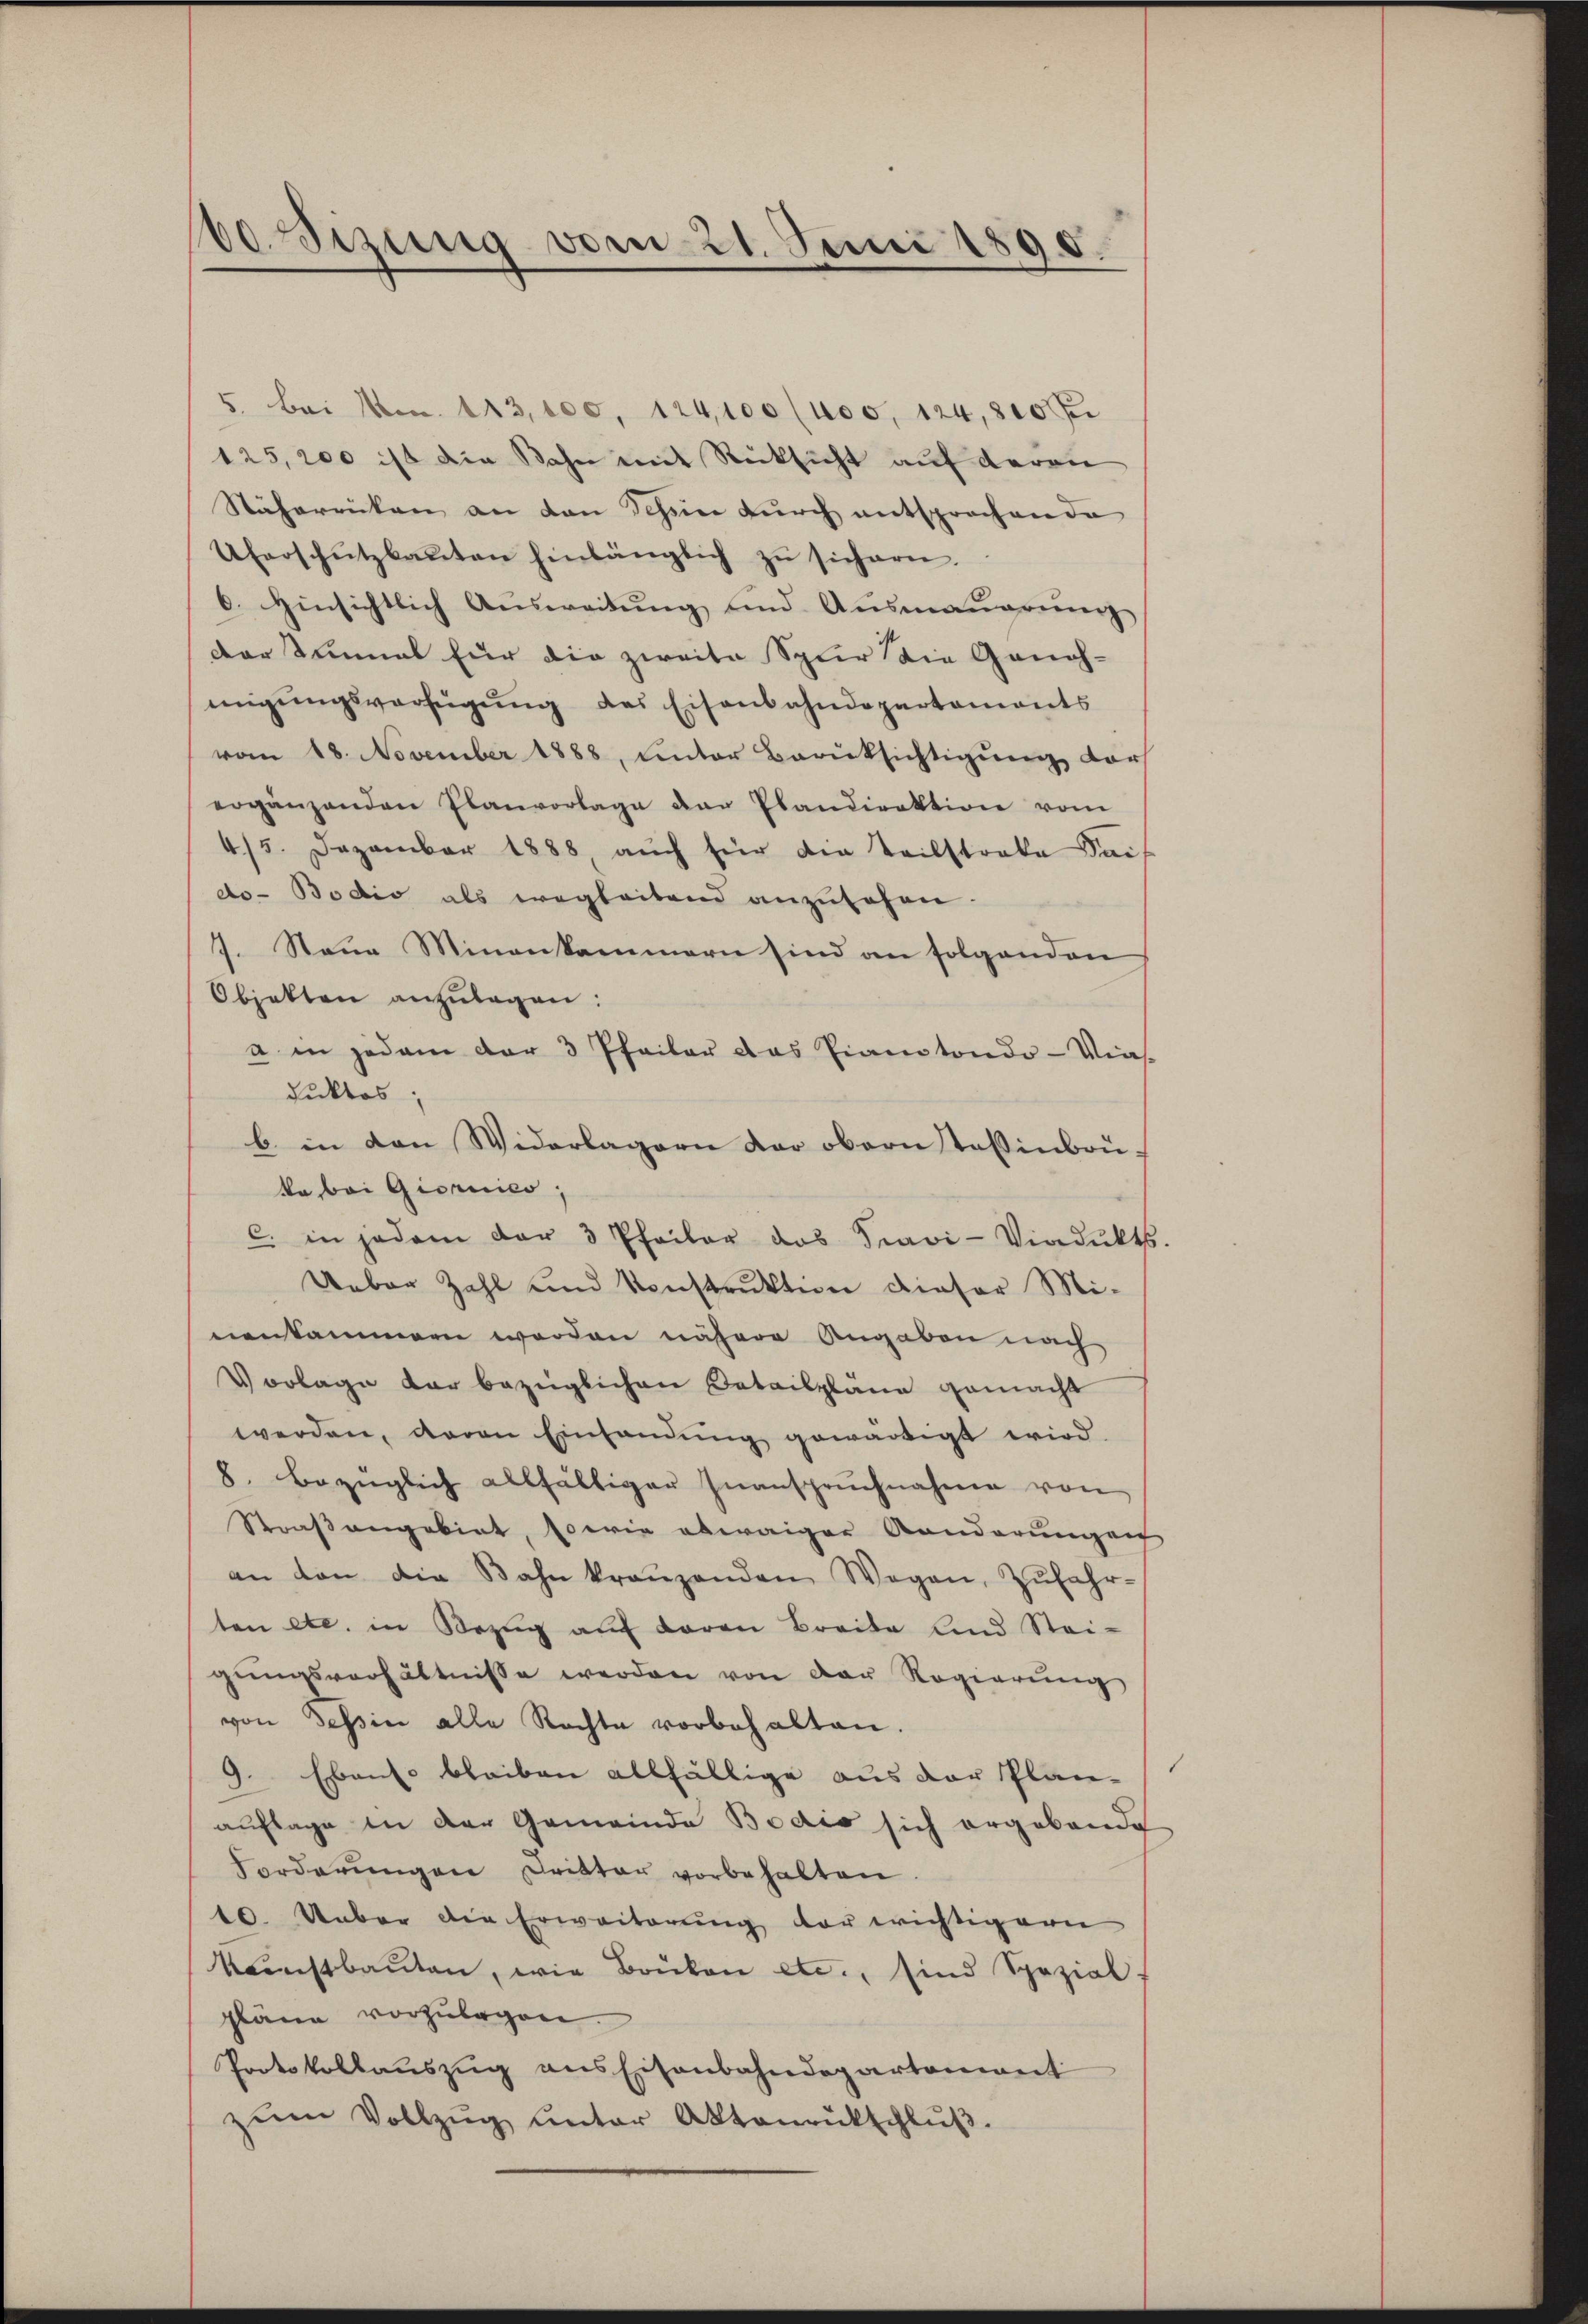
60. Sizung vom 21. Juni 1890.

5. bei No. 113,000, 124,100 (400, 124, 300 Fr
125,200 ist die Bahn mit Rücksicht auf deren
Stäherrücken an den Schön durch entsprochende
Uberschutzbaŭten hinlänglich zŭ sichern.
6. Hinsichtlich Aŭsweitŭng und Ausmaŭerŭng
Der Einmal für die zweite Spur die Geneh-
migŭngsverfügŭng des Eisenbahndepartements
vom 18. November 1888, unter Berüksichtigung darf
ergänzenden Planvorlage der Plandirektion vom
4/5. Dezember 1888 aŭch für die Teilstrate Kais
do- Bodio als wegleitend anzusehen.
7. Neue Minenkammern sind an folgenden
Objekten anzulagen:
a in jedem der 3 Pfeiler das Pianotondo-Viasduktos;
b. in den Widerlagern der obern Teßinbauka bei Giornies,
c. in jedem der 3 Pfeiler das Fravi-Viadŭkts.
Ueber Zahl und Konstruktion dieser Mi-
nenkammen werden nähere Angaben nach
Vorlage dar bezüglichen Detailplane gemacht
werden, davon Einfandung gewärtigt wird.
8. bezüglich allfälliger Inansprŭchnahme von
Straßengebiet, sowie abwaiger Kanderungen
an den die Bahn kranzenden Wegen, Zŭfahr-
ten etc. in Bezug auf daran Breite und Stei-
gŭngsverhältnisse werden von der Regierŭng
von Tessin alle Rechte vorbehalten.
9. Ebenso bleiben allfällige aus der Plan
auflage in der Gemeinde Bodis sich ergebende
Forderŭngen Dritter vorbehalten.
10. Ueber die Erweiterung der wichtigern
kannstbaŭten, wie Brüken etc., sind Spezial-
pläne vorzŭlegen.
Protokollauszug aus Eisenbahndepartement
zŭm Vollzŭg ŭnter Aktenaŭtschlŭβ